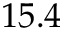
1 5 . 4